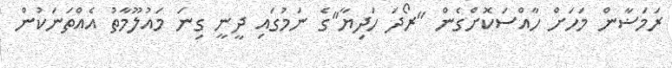
ރަމަޟާން މަހަށް ހާއްސަކޮށްގެން "ރޯދަ ހަދިޔާ"ގެ ނަމުގައި ދީނީ ގިނަ މައުލޫމާތު އެއްތަނަކުން